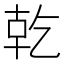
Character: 𪟴